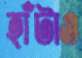
হাঁটাও